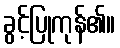
ခွင့်ပြုကုန်၏။